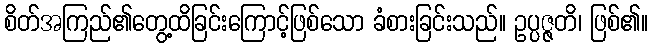
စိတ်အကြည်၏တွေ့ထိခြင်းကြောင့်ဖြစ်သော ခံစားခြင်းသည်။ ဥပ္ပဇ္ဇတိ၊ ဖြစ်၏။